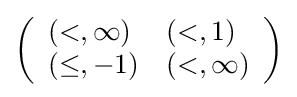
\left({\begin{array}{ll}(<,\infty )&(<,1)\\(\leq ,-1)&(<,\infty )\end{array}}\right)